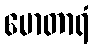
မောတာရံ